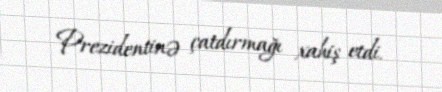
Prezidentinə çatdırmağı xahiş etdi.